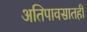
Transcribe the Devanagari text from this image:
अतिपावसातही